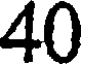
40